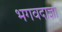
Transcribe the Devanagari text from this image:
भगवदाज्ञा